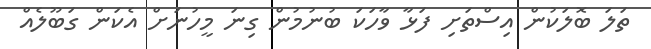
ތަލަ ބޮލަކުން އިސްތަށި ފަޅާ ވާހަކަ ބުނުމުން ގިނަ މީހުނަށް އެކަން ގަބޫލެއް